Notes on vaccination in the North-West Frontier Province 1923-1928 - 1923-1928
Year: 1923
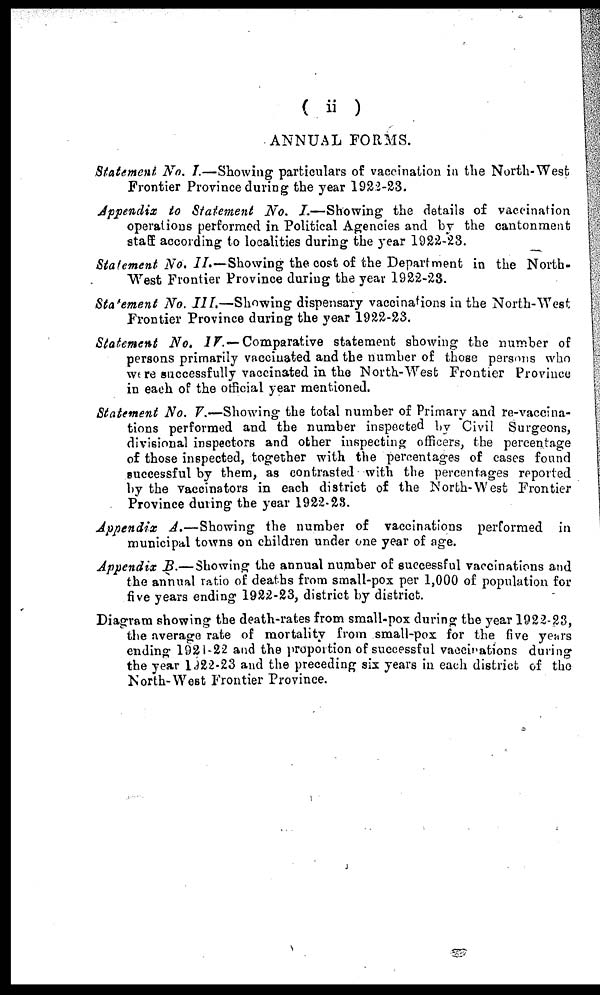
( ii )
ANNUAL FORMS.
Statement No. I.—Showing particulars of vaccination in the North-West
Frontier Province during the year 1922-23.
Appendix to Statement No. I.—Showing the details of vaccination
operations performed in Political Agencies and by the cantonment
staff according to localities during the year 1922-23.
Statement No. II.—Showing the cost of the Department in the North-
West Frontier Province during the year 1922-23.
Statement No. III.—Showing dispensary vaccinations in the North-West
Frontier Province during the year 1922-23.
Statement No. IV.— Comparative statement showing the number of
persons primarily vaccinated and the number of those persons who
were successfully vaccinated in the North-West Frontier Province
in each of the official year mentioned.
Statement No. V.—Showing the total number of Primary and re-vaccina-
tions performed and the number inspected by Civil Surgeons,
divisional inspectors and other inspecting officers, the percentage
of those inspected, together with the percentages of cases found
successful by them, as contrasted with the percentages reported
by the vaccinators in each district of the North-West Frontier
Province during the year 1922-28.
Appendix A.—Showing the number of vaccinations performed in
municipal towns on children under one year of age.
Appendix B.— Showing the annual number of successful vaccinations and
the annual ratio of deaths from small-pox per 1,000 of population for
five years ending 1922-23, district by district.
Diagram showing the death-rates from small-pox during the year 1922-23,
the average rate of mortality from small-pox for the five years
ending 1921-22 and the proportion of successful vaccinations during
the year 1922-23 and the preceding six years in each district of the
North-West Frontier Province.